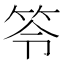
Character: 笭